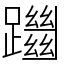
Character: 躖